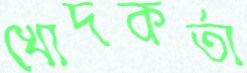
খোদকর্তা